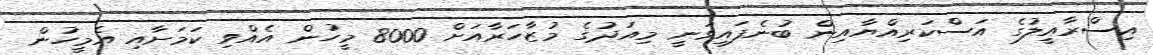
އިސްރާއީލުގެ އަސްކަރިއްޔާއިން ބުނެފައިވަނީ މިއަދުގެ މުޒާހަރާއަށް 8000 މީހުން އެއްވި ކަމަށާއި އެމީހުން